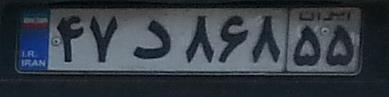
۴۷د۸۶۸۵۵